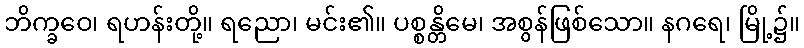
ဘိက္ခဝေ၊ ရဟန်းတို့။ ရညော၊ မင်း၏။ ပစ္စန္တိမေ၊ အစွန်ဖြစ်သော။ နဂရေ၊ မြို့၌။